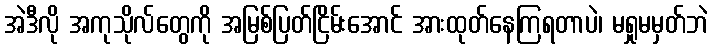
အဲဒီလို အကုသိုလ်တွေကို အမြစ်ပြတ်ငြိမ်းအောင် အားထုတ်နေကြရတာပဲ၊ မရှုမမှတ်ဘဲ